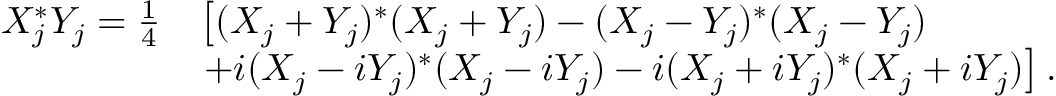
\begin{array} { r l } { X _ { j } ^ { * } Y _ { j } = \frac { 1 } { 4 } } & { \left[ ( X _ { j } + Y _ { j } ) ^ { * } ( X _ { j } + Y _ { j } ) - ( X _ { j } - Y _ { j } ) ^ { * } ( X _ { j } - Y _ { j } ) \right. } \\ & { \left. + i ( X _ { j } - i Y _ { j } ) ^ { * } ( X _ { j } - i Y _ { j } ) - i ( X _ { j } + i Y _ { j } ) ^ { * } ( X _ { j } + i Y _ { j } ) \right] . } \end{array}